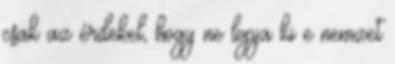
csak az érdekel, hogy ne lopja ki e nemzet